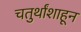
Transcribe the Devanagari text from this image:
चतुर्थांशाहून